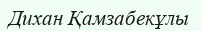
Дихан Қамзабекұлы